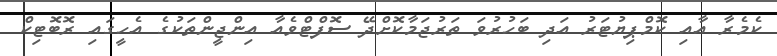
ކެމެރާ އާއި ކޮމްޕިޔުޓަރު އަދި ބަހުރުވަ ތަރުޖަމާކޮށްދޭ ސޮފްޓްވެއާ އިންޖީންތަކުގެ އެހީގައި ރޮބޮޓިކް